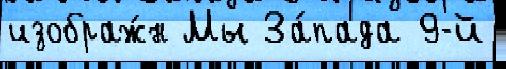
изображ́н Мы За́пада 9-й